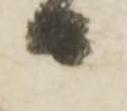
り